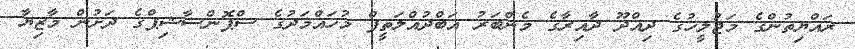
ރައްޔިތުންގެ މަޖުލީހުގެ ދިއްދޫ ދާއިރާގެ މެންބަރު އަބްދުއްލަތީފް މުހައްމަދުގެ ސްޕޮންސާޝިޕްގެ ދަށުން މާޒިޔާ